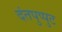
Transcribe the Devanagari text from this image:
दंतपुप्पुट